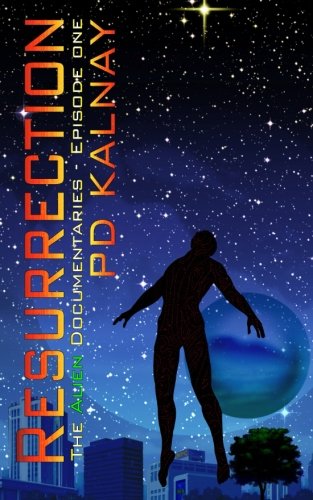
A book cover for Resurrection (The Alien Documentaries) (Volume 1); P.D. Kalnay; Science Fiction & Fantasy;